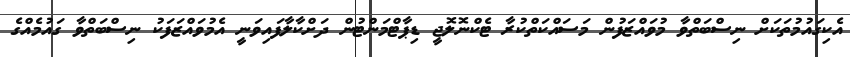
އެކިގައުމުތަކަށް ނިސްބަތްވާ މުވައްޒަފުން މަސައްކަތްކުރާ ޓެކްނޮލޮޖީ ޑިޕާޓްމަންޓުން ދަށްކާލާފައިވަނީ އެމުވައްޒަފަކު ނިސްބަތްވާ ގައުމެއްގެ